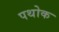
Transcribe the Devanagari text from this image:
पथोक